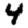
Digit: 4